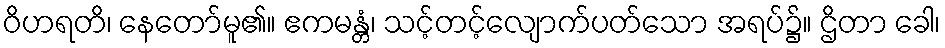
ဝိဟရတိ၊ နေတော်မူ၏။ ဧကမန္တံ၊ သင့်တင့်လျောက်ပတ်သော အရပ်၌။ ဌိတာ ခေါ၊